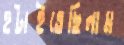
হটাইতেছিলাম